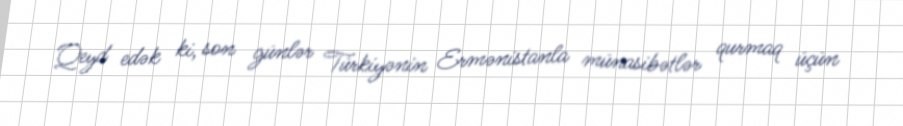
Qeyd edək ki, son günlər Türkiyənin Ermənistanla münasibətlər qurmaq üçün